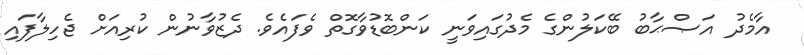
އާމެދު އަޞްޙާބު ބޭކަލުންގެ މެދުގައިވަނީ ކަންބޮޑުވާގޮތް ވެފައެވެ. ދެޒުވާނުން ކުރިއަށް ޖެހިލާފައި